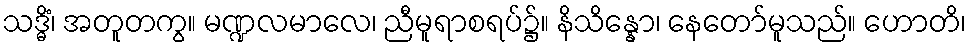
သဒ္ဓိံ၊ အတူတကွ။ မဏ္ဍလမာလေ၊ ညီမူရာစရပ်၌။ နိသိန္နော၊ နေတော်မူသည်။ ဟောတိ၊